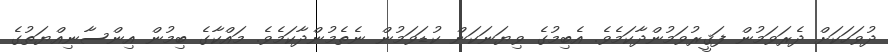
ދުވަހަކަށް ދެރަވަމުން ފަޤީރުވަމުންދާކަމެވެ. އެބިމުގެ ވިޔަނަކަން ކުޑަވަމުން ނެތެމުންދާކަމެވެ. މައްކާގެ ބިމުން އިންސާނިއްޔަތުގެ